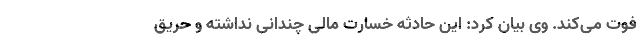
فوت می‌کند. وی بیان کرد: این حادثه خسارت مالی چندانی نداشته و حریق